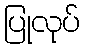
ပြုလုပ်